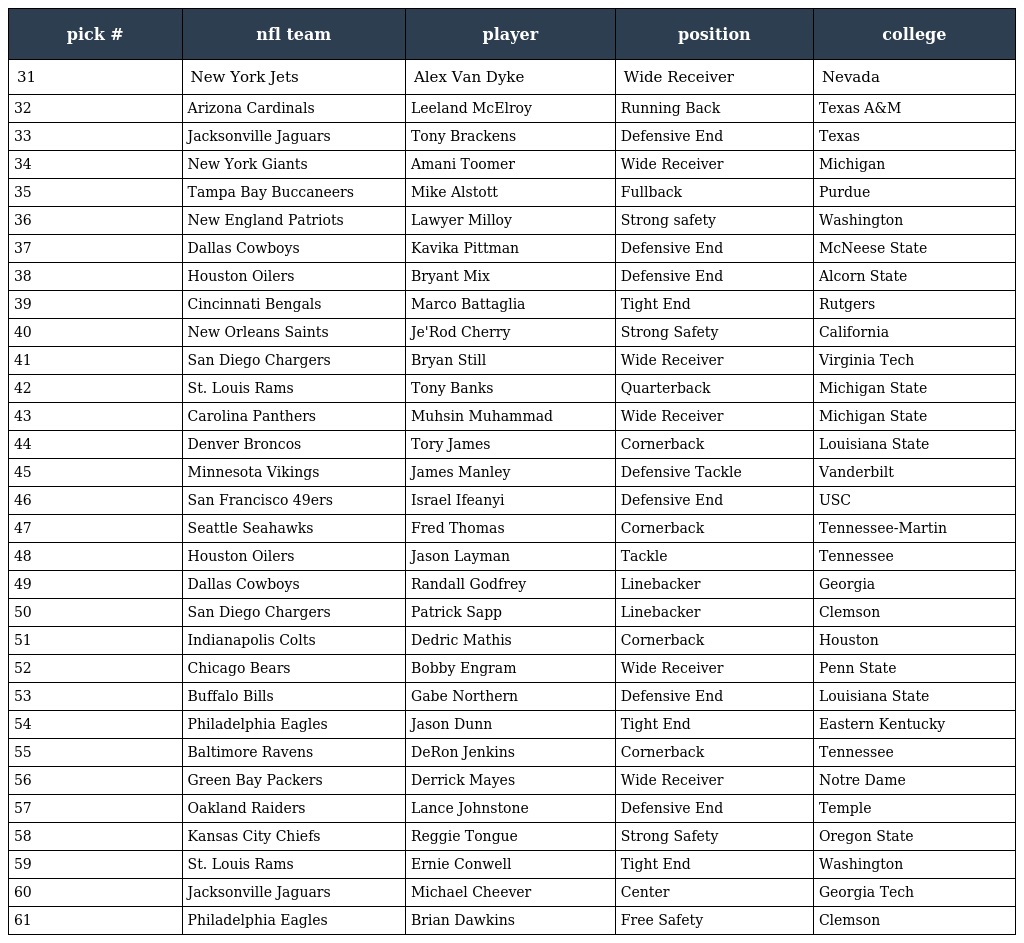
| pick # | nfl team | player | position | college |
 | --- | --- | --- | --- | --- |
 | 31 | New York Jets | Alex Van Dyke | Wide Receiver | Nevada |
 | 32 | Arizona Cardinals | Leeland McElroy | Running Back | Texas A&M |
 | 33 | Jacksonville Jaguars | Tony Brackens | Defensive End | Texas |
 | 34 | New York Giants | Amani Toomer | Wide Receiver | Michigan |
 | 35 | Tampa Bay Buccaneers | Mike Alstott | Fullback | Purdue |
 | 36 | New England Patriots | Lawyer Milloy | Strong safety | Washington |
 | 37 | Dallas Cowboys | Kavika Pittman | Defensive End | McNeese State |
 | 38 | Houston Oilers | Bryant Mix | Defensive End | Alcorn State |
 | 39 | Cincinnati Bengals | Marco Battaglia | Tight End | Rutgers |
 | 40 | New Orleans Saints | Je'Rod Cherry | Strong Safety | California |
 | 41 | San Diego Chargers | Bryan Still | Wide Receiver | Virginia Tech |
 | 42 | St. Louis Rams | Tony Banks | Quarterback | Michigan State |
 | 43 | Carolina Panthers | Muhsin Muhammad | Wide Receiver | Michigan State |
 | 44 | Denver Broncos | Tory James | Cornerback | Louisiana State |
 | 45 | Minnesota Vikings | James Manley | Defensive Tackle | Vanderbilt |
 | 46 | San Francisco 49ers | Israel Ifeanyi | Defensive End | USC |
 | 47 | Seattle Seahawks | Fred Thomas | Cornerback | Tennessee-Martin |
 | 48 | Houston Oilers | Jason Layman | Tackle | Tennessee |
 | 49 | Dallas Cowboys | Randall Godfrey | Linebacker | Georgia |
 | 50 | San Diego Chargers | Patrick Sapp | Linebacker | Clemson |
 | 51 | Indianapolis Colts | Dedric Mathis | Cornerback | Houston |
 | 52 | Chicago Bears | Bobby Engram | Wide Receiver | Penn State |
 | 53 | Buffalo Bills | Gabe Northern | Defensive End | Louisiana State |
 | 54 | Philadelphia Eagles | Jason Dunn | Tight End | Eastern Kentucky |
 | 55 | Baltimore Ravens | DeRon Jenkins | Cornerback | Tennessee |
 | 56 | Green Bay Packers | Derrick Mayes | Wide Receiver | Notre Dame |
 | 57 | Oakland Raiders | Lance Johnstone | Defensive End | Temple |
 | 58 | Kansas City Chiefs | Reggie Tongue | Strong Safety | Oregon State |
 | 59 | St. Louis Rams | Ernie Conwell | Tight End | Washington |
 | 60 | Jacksonville Jaguars | Michael Cheever | Center | Georgia Tech |
 | 61 | Philadelphia Eagles | Brian Dawkins | Free Safety | Clemson |